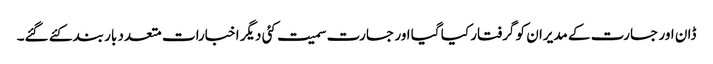
ڈان اور جسارت کے مدیران کو گرفتار کیا گیا اور جسارت سمیت کئی دیگر اخبارات متعدد بار بند کئے گئے۔